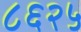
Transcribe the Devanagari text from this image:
८६२५